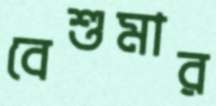
বেশুমার